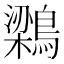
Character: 𮭊